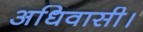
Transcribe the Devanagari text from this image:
अधिवासी।